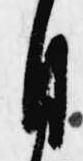
自